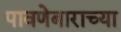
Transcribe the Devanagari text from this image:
पावणेबाराच्या